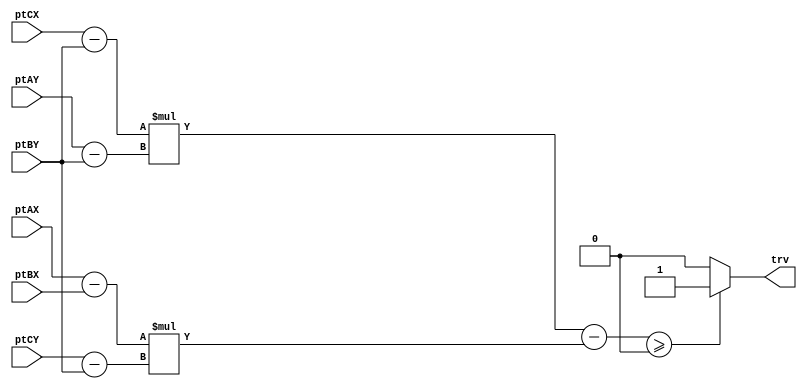
module trv (
input [11:0] ptAX,
input [11:0] ptAY,
input [11:0] ptBX,
input [11:0] ptBY,
input [11:0] ptCX,
input [11:0] ptCY,
output trv);
wire signed [11:0] sub1;
wire signed [11:0] sub2;
wire signed [11:0] sub3;
wire signed [11:0] sub4;
wire signed [22:0] mp1;
wire signed [22:0] mp2;
wire signed [22:0] compr;
assign sub1 = ptCX - ptBY;
assign sub2 = ptAY - ptBY;
assign sub3 = ptAX - ptBX;
assign sub4 = ptCY - ptBY;
assign mp1 = sub1 * sub2;
assign mp2 = sub3 * sub4;
assign compr = mp1 - mp2;
assign trv = (compr >= 0) ? 1 : 0;
endmodule

module tstTR (
input [11:0] ptAX,
input [11:0] ptAY,
input [11:0] ptBX,
input [11:0] ptBY,
input [11:0] pt3X,
input [11:0] pt3Y,
input [11:0] ptCX,
input [11:0] ptCY,
output ins);
wire sig1;
wire sig2;
wire sig3;
assign ins = (sig1 == 1 && sig2 == 1 && sig3 == 1) ? 1:0;
trv S1(ptAX, ptAY, ptBX, ptBY, ptCX, ptCY, sig1);
trv S2(ptBX, ptBY, pt3X, pt3Y, ptCX, ptCY, sig2);
trv S3(pt3X, pt3Y, ptAX, ptAY, ptCX, ptCY, sig3);
endmodule

module tste;
reg [11:0] ptAX;
reg [11:0] ptAY;
reg [11:0] ptBX;
reg [11:0] ptBY;
reg [11:0] pt3X;
reg [11:0] pt3Y;
reg [11:0] ptCX;
reg [11:0] ptCY;
wire dentro;
tstTR A(ptAX, ptAY, ptBX, ptBY, pt3X, pt3Y, ptCX, ptCY, dentro);
initial
    begin
        $dumpvars(0,A);
        #1
        ptAX <= 1;
        ptAY <= 1;
        ptBX <= 3;
        ptBY <= 1;
        pt3X <= 2;
        pt3Y <= 3;
        ptCX <= 1.5;
        ptCY <= 1.5;
        #1
        ptCX <= 1.5;
        ptCY <= 1.5;
        #1
        ptCX <= 0.9;
        ptCY <= 1.5;
        #1
        ptCX <= 1;
        ptCY <= 1.1;
        #1
        ptCX <= 3;
        ptCY <= 1.1;
        #40
        $finish;
    end
endmodule